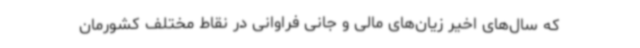
که سال‌های اخیر زیان‌های مالی و جانی فراوانی در نقاط مختلف کشورمان